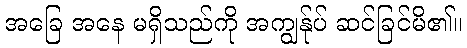
အခြေ အနေ မရှိသည်ကို အကျွန်ုပ် ဆင်ခြင်မိ၏။